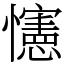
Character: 㦥